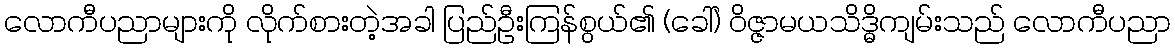
လောကီပညာများကို လိုက်စားတဲ့အခါ ပြည်ဦးကြန်စွယ်၏ (ခေါ်) ဝိဇ္ဇာမယသိဒ္ဓိကျမ်းသည် လောကီပညာ